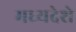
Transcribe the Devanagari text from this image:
मध्यदेशे